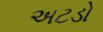
અટડો